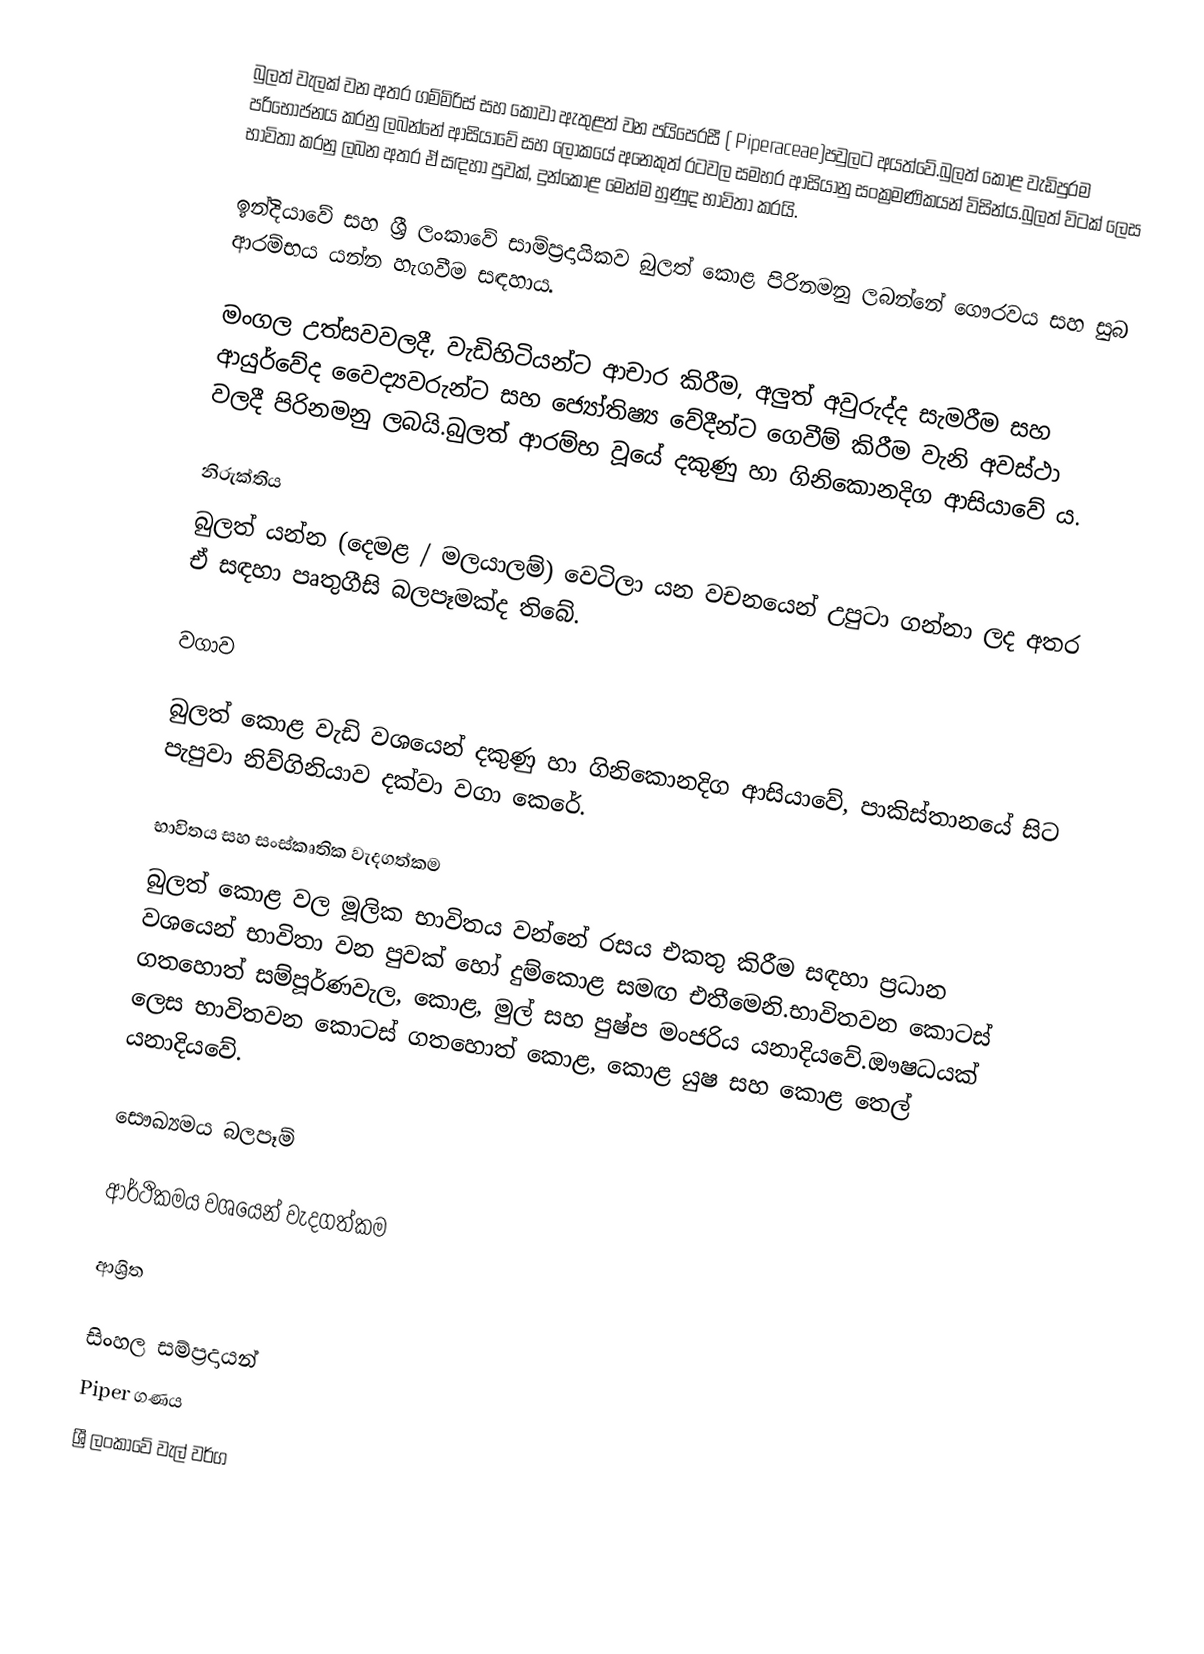
බුලත් වැලක් වන අතර ගම්මිරිස් සහ කොවා ඇතුළත් වන පයිපෙරසී ( Piperaceae)පවුලට අයත්වේ.බුලත් කොළ වැඩිපුරම පරිභෝජනය කරනු ලබන්නේ ආසියාවේ සහ ලෝකයේ අනෙකුත් රටවල සමහර ආසියානු සංක්‍රමණිකයන් විසින්ය.බුලත් විටක් ලෙස භාවිතා කරනු ලබන අතර ඒ සඳහා පුවක්, දුන්කොළ මෙන්ම හුණුද භාවිතා කරයි.

ඉන්දියාවේ සහ ශ්‍රී ලංකාවේ සාම්ප්‍රදායිකව බුලත් කොළ පිරිනමනු ලබන්නේ ගෞරවය සහ සුබ ආරම්භය යන්න හැගවීම සඳහාය.

මංගල උත්සවවලදී, වැඩිහිටියන්ට ආචාර කිරීම, අලුත් අවුරුද්ද සැමරීම සහ ආයුර්වේද වෛද්‍යවරුන්ට සහ ජ්‍යෝතිෂ්‍ය වේදීන්ට ගෙවීම් කිරීම වැනි අවස්ථා වලදී පිරිනමනු ලබයි.බුලත් ආරම්භ වූයේ දකුණු හා ගිනිකොනදිග ආසියාවේ ය.

නිරුක්තිය
බුලත් යන්න (දෙමළ / මලයාලම්) වෙටිලා යන වචනයෙන් උපුටා ගන්නා ලද අතර ඒ සඳහා පෘතුගීසි බලපෑමක්ද තිබේ.

වගාව

බුලත් කොළ වැඩි වශයෙන් දකුණු හා ගිනිකොනදිග ආසියාවේ, පාකිස්තානයේ සිට පැපුවා නිව්ගිනියාව දක්වා වගා කෙරේ.

භාවිතය සහ සංස්කෘතික වැදගත්කම
බුලත් කොළ වල මූලික භාවිතය වන්නේ රසය එකතු කිරීම සඳහා ප්‍රධාන වශයෙන් භාවිතා වන පුවක් හෝ දුම්කොළ සමඟ එතීමෙනි.භාවිතවන කොටස් ගතහොත් සම්පූර්ණවැල, කොළ, මුල් සහ පුෂ්ප මංජරිය යනාදියවේ.ඖෂධයක් ලෙස භාවිතවන කොටස් ගතහොත් කොළ, කොළ යුෂ සහ කොළ තෙල් යනාදියවේ.

සෞඛ්‍යමය බලපෑම්

ආර්ථිකමය වශයෙන් වැදගත්කම

ආශ්‍රිත

සිංහල සම්ප්‍රදායන්
Piper ගණය
ශ්‍රී ලංකාවේ වැල් වර්ග